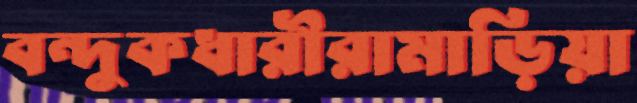
বন্দুকধারীরামাড়িয়া